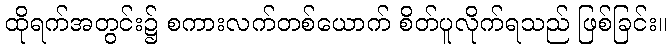
ထိုရက်အတွင်း၌ စကားလက်တစ်ယောက် စိတ်ပူလိုက်ရသည် ဖြစ်ခြင်း။